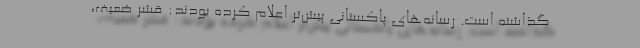
گذاشته است. رسانه‌های پاکستانی پیش‌تر اعلام کرده بودند: قشر ضعیف،